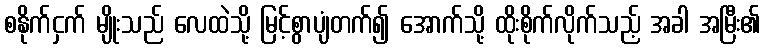
စနိုက်ငှက် မျိုးသည် လေထဲသို့ မြင့်စွာပျံတက်၍ အောက်သို့ ထိုးစိုက်လိုက်သည့် အခါ အမြီး၏